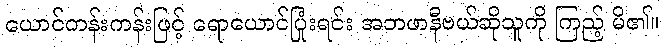
ယောင်ကန်းကန်းဖြင့် ရောယောင်ပြုံးရင်း အဘဖာနီဗယ်ဆိုသူကို ကြည့် မိ၏။